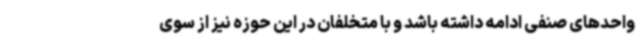
واحدهای صنفی ادامه داشته باشد و با متخلفان در این حوزه نیز از سوی